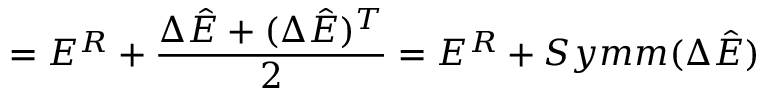
= E ^ { R } + \frac { \Delta \hat { E } + ( \Delta \hat { E } ) ^ { T } } { 2 } = E ^ { R } + S y m m ( \Delta \hat { E } )